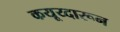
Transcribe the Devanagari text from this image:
कयूय्दारून